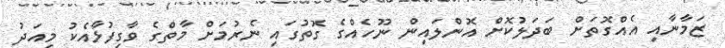
ޒަމާނާއި އެއްގޮތަށް ބަދަލުކޮށް އޮންލައިން ނޫހެއްގެ ގޮތުގައި ނެރުމަށް މާތްގެ ވާގިފުޅާއެކު މިއަދު